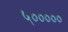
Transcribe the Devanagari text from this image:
५०००००